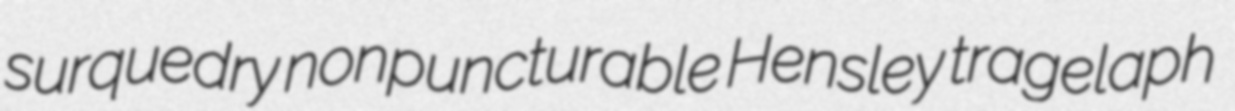
surquedry nonpuncturable Hensley tragelaph